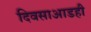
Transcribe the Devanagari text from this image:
दिवसाआडही